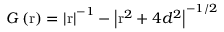
G \left( \mathrm { r } \right) = { { \left| \mathrm { r } \right| } ^ { - 1 } } - { { \left| { { \mathrm { r } } ^ { 2 } } + 4 { { d } ^ { 2 } } \right| } ^ { - 1 / 2 } }